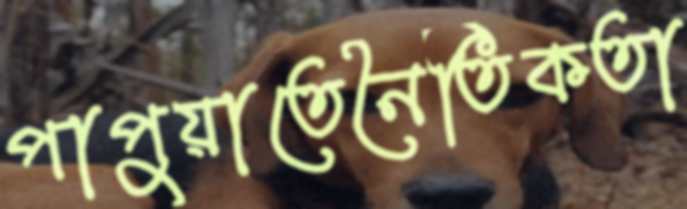
পাপুয়াতেনৈতিকতা